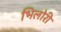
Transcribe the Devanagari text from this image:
भिलोरी